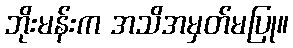
ဘိုးမန်းက အသိအမှတ်မပြု။